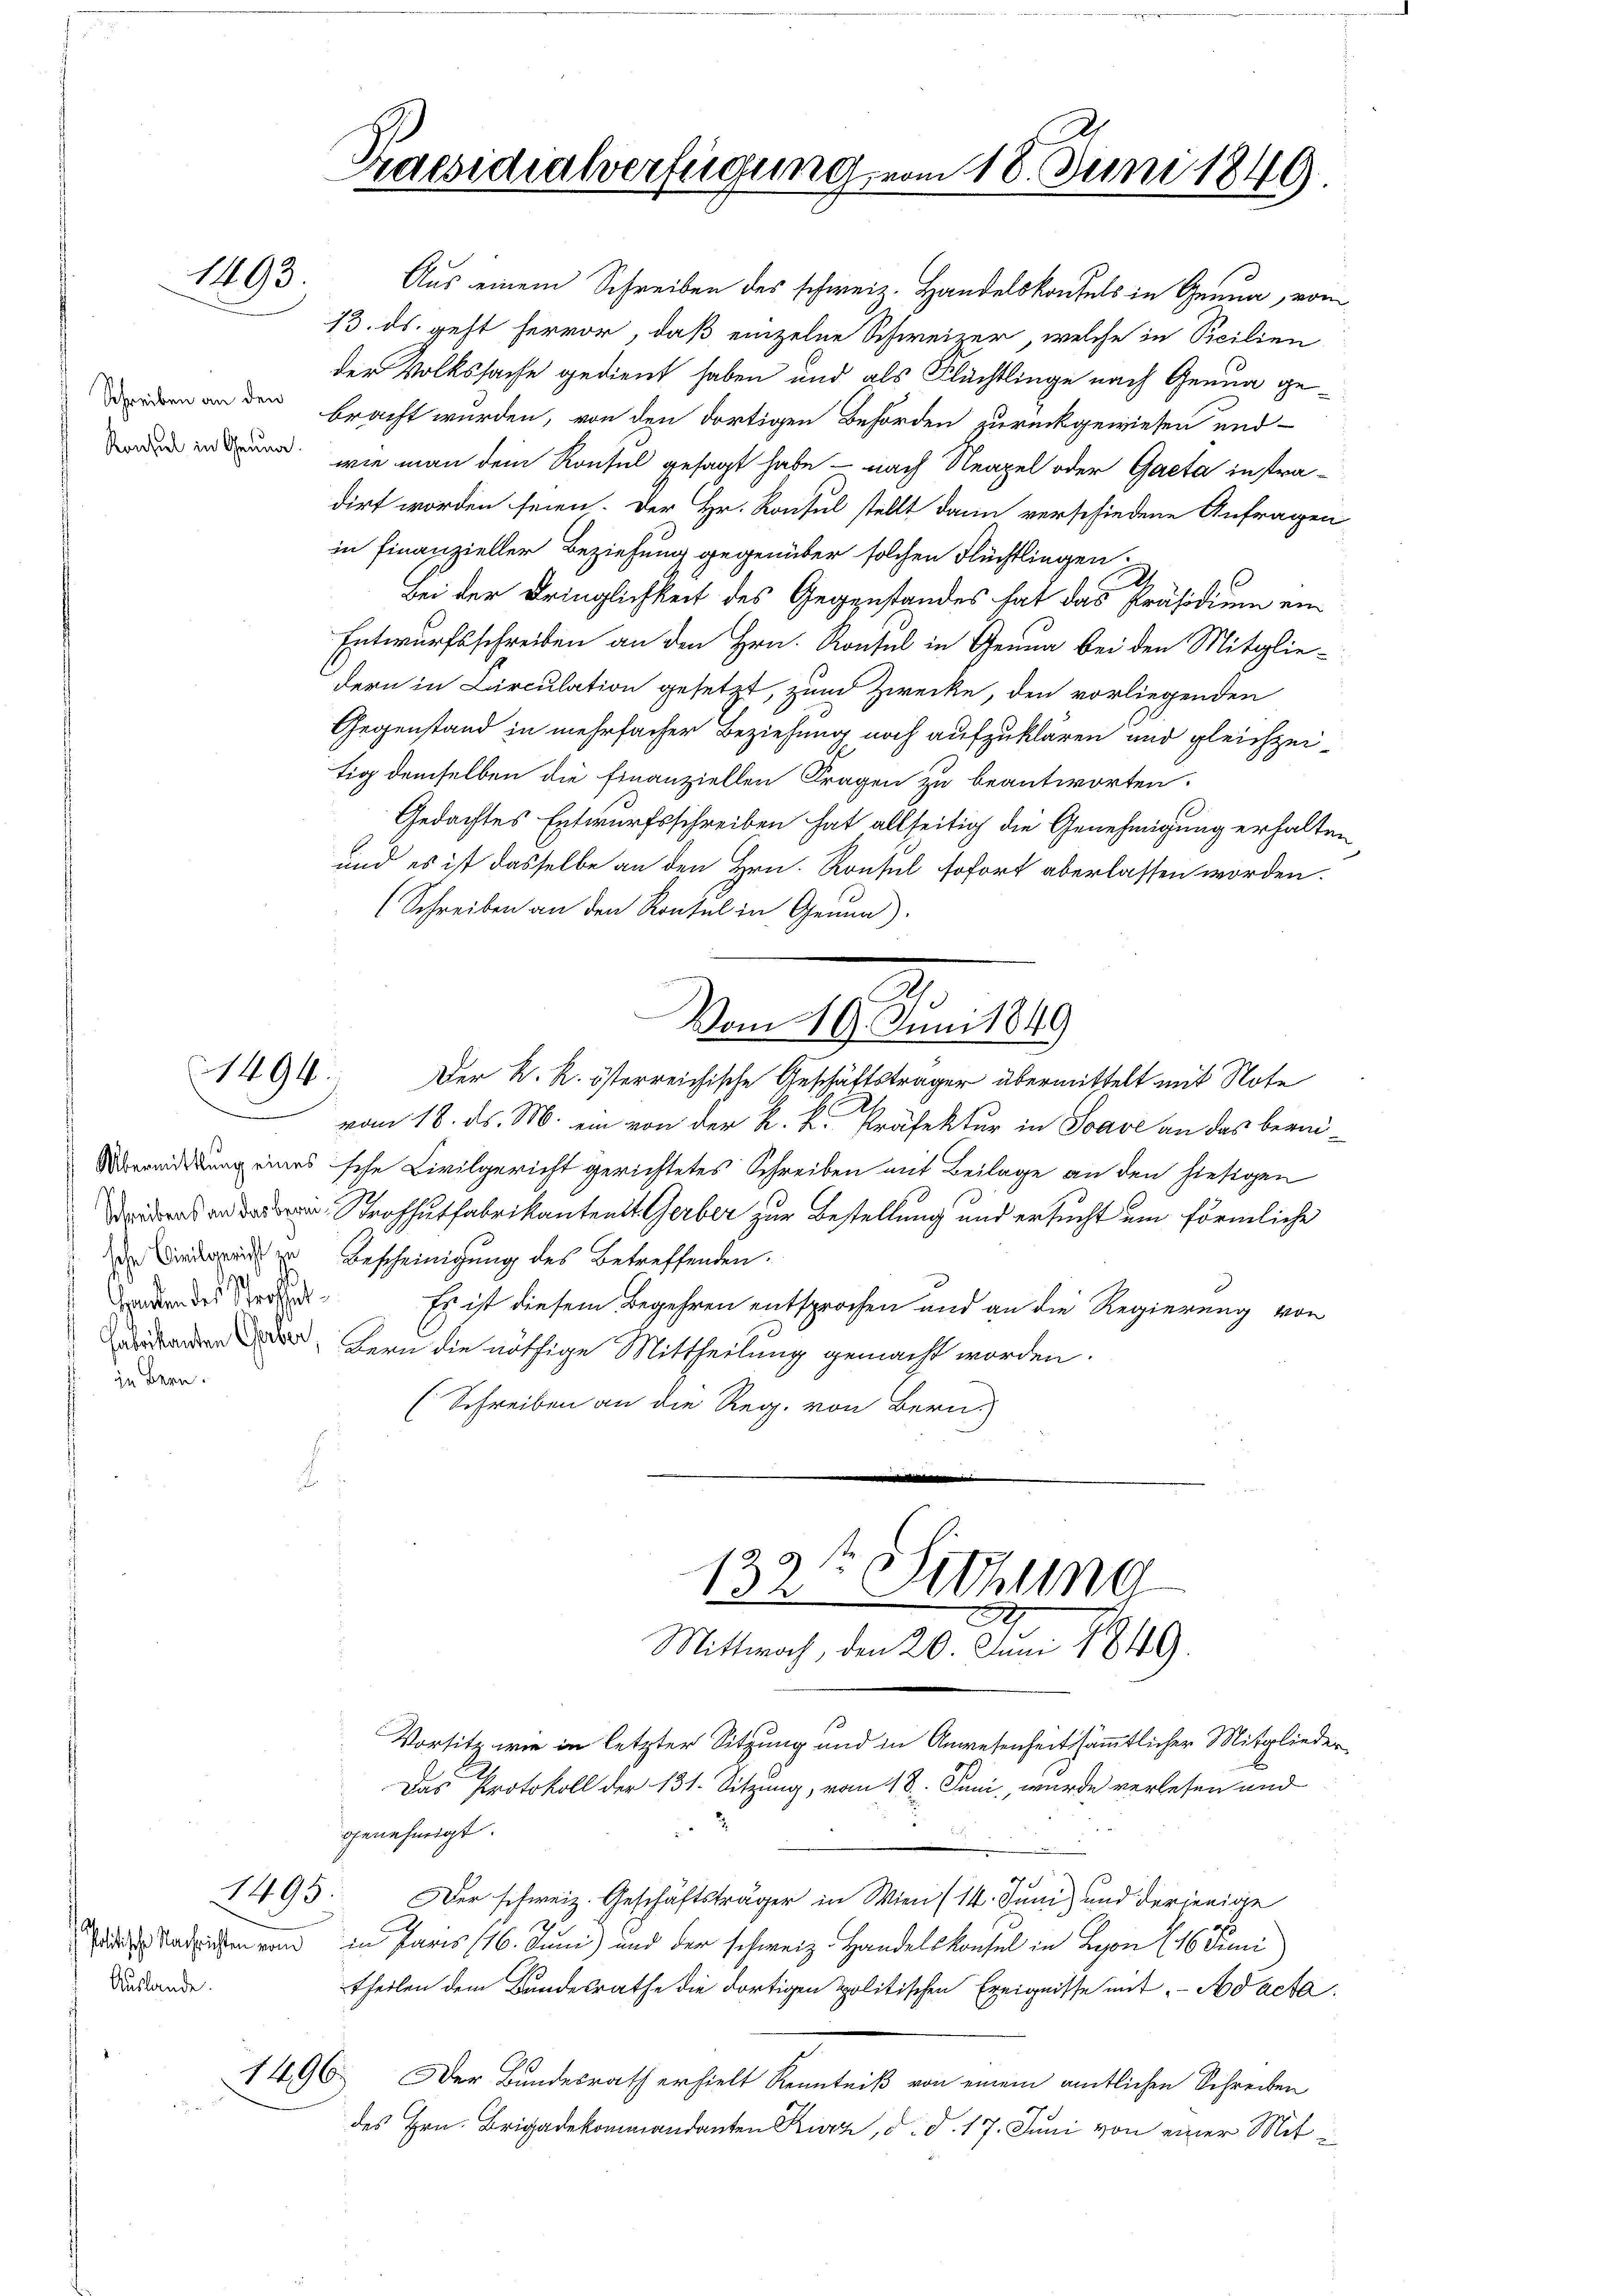
1493.

Schreiben an den
Konsul in Genua.

Handen des Strasself in Bern.

1494.

1495

Auslande.

Praesidialverfügung vom 18. Juni 1849

wie man dem Konsul gesagt habe - nach Neapel oder Gaeta instradirt worden seien. Der Hr. Konsul stellt dann verschiedene Anfragen
in Finanzieller Beziehung gegenüber solchen Flüchtlingen.
e
Bei der Dringlichkeit des Gegenstandes hat das Präsidium ein
Entwurfsschreiben an den Hrn. Konsul in Genua bei den Mitglie-
dern in Circulation gesetzt, und Zwecke, den vorliegenden
Gegenstand in mehrfacher Beziehung noch aufzuklären und gleichzeitig demselben die Finanziellen Fragen zu beantworten.
Gedachtes Entwurfsschreiben hat allseitig die Genehmigung erhalten
und es ist dasselbe an den Hrn. Konsul sofort aberlassen worden.
(Schreiben an den Konsul in Genua).
Der K. K. österreichische Geschäftsträger übermittelt mit Note
vom 18. ds. M. ein von der k. k. Präfektur in Save an das bean¬
Übereidigung eines sche Civilgericht gerichtetes Schreiben mit Beilage an den hiesigen
das er das an Strohhutfabrikantenst. Gerber zur Bestellung und ersucht um förmliche
der Lindepris zu Bescheinigung des betreffenden.
Es ist diesem Begehren entsprochen und an die Regierung von
, fern die nöthige Mittheilung gemacht worden.
(Schreiben an die Reg. von Bern.
.
132te Sitzung
Mittwoch, den 20. Juni 1849.
Vorsitz wie in letzter Sitzung und in Anwesenheit sämmtlicher Mitglieder
Das Protokoll der 131. Sitzung, vom 18. Juni, wurde verlesen und
a
genehmigt.
Der schweiz. Geschäftsträger in Wien (14. Juni) und derjenige
 adrechen von in Paris 116. Juni und der schweiz. Handelskonsul in Lyon (16. Juni
theilen dem Bandesrathe die dortigen politischen Ereignisse mit Ad acta.
1496. Der Bundesrath erhielt Kenntniß von einem amtlichen Schreiben
des Hrn. Brigadekommandanten Kurz, d. d. 17. Juni von einer Mit¬

Aus einem Schreiben des schweiz. Handelskonfels in Genua, vom
13. ds. geht hervor, daß einzelne Schweizer, welche in Beilien
der Volkssache gedient haben und als Flüchtlinge nach Genua gebracht wurden, von den dortigen Behörden zurückgewiesen und

Vom 19. Juni 1849